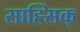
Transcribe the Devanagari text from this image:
साह्सिक्